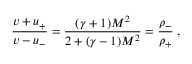
{ \frac { v + u _ { + } } { v - u _ { - } } } = { \frac { ( \gamma + 1 ) M ^ { 2 } } { 2 + ( \gamma - 1 ) M ^ { 2 } } } = { \frac { \rho _ { - } } { \rho _ { + } } } \; ,